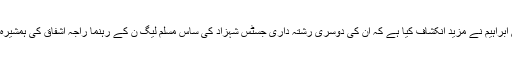
سمیع ابراہیم نے مزید انکشاف کیا ہے کہ ان کی دوسری رشتہ داری جسٹس شہزاد کی ساس مسلم لیگ ن کے رہنما راجہ اشفاق کی ہمشیرہ ہیں ۔